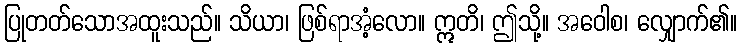
ပြုတတ်သောအထူးသည်။ သိယာ၊ ဖြစ်ရာအံ့လော။ ဣတိ၊ ဤသို့။ အဝေါစ၊ လျှောက်၏။